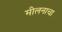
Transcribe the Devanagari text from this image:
मीलनाचा